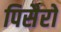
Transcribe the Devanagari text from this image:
पिसैरो